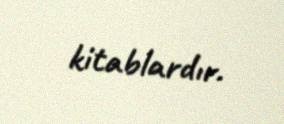
kitablardır.